Report on sanitation, dispensaries, and jails in Rajputana for 1914, and on vaccination for the year 1914-1915 - 1914-1915
Year: 1914
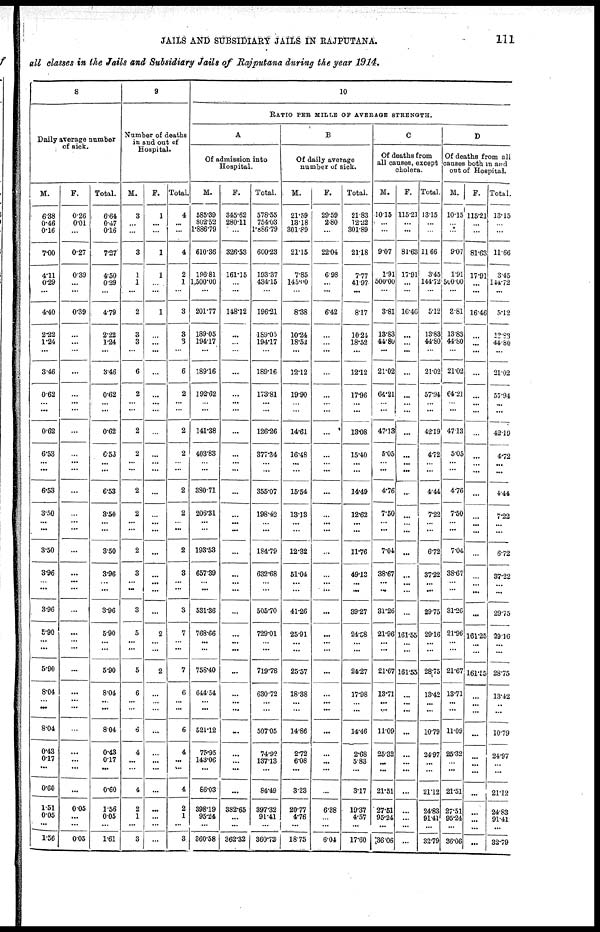
JAILS AND SUBSIDIARY JAILS IN RAJPUTANA.
111
all classes in the Jails and Subsidiary Jails of Rajputana during the year 1914.
8
Daily average number
of sick.
M.
6.38
0.46
0.16
7.00
4.11
0.29
...
4.40
2.22
124
...
3.46
0.62
...
...
0.62
6.53
...
...
6.53
3.50
...
...
3.50
3.96
...
...
3.96
5.90
...
...
5.90
8.04
...
...
8.04
0.43
0.17
...
0.60
1.51
0.05
...
1.56
F.
0.26
0.01
...
0.27
0.39
...
...
0.39
...
...
...
...
...
...
...
...
...
...
...
...
...
...
...
...
...
...
...
...
...
...
...
...
...
...
...
...
...
...
...
...
0.05
...
...
0.05
Total.
6.64
0.47
0.16
7.27
4.50
0.29
...
4.79
2.22
1.24
...
3.46
0.62
...
...
0.62
6.53
...
...
6.53
3.50
...
...
3.50
3.96
...
...
3.96
5.90
...
...
5.90
8.04
...
...
8.04
0.43
0.17
...
0.60
1.56
0.05
...
1.61
9
Number of deaths
in and out of
Hospital.
M.
3
...
...
3
1
1
...
2
3
3
...
6
2
...
...
2
2
...
...
2
2
...
...
2
3
...
...
3
5
...
...
5
6
...
...
6
4
...
...
4
2
1
...
3
F.
1
...
...
1
1
...
...
1
...
...
...
...
...
...
...
...
...
...
...
...
...
...
...
...
...
...
...
...
2
...
...
2
...
...
...
...
...
...
...
...
...
...
...
...
Total.
4
...
...
4
2
1
...
3
3
3
...
6
2
...
...
2
2
...
...
2
2
...
2
3
...
...
3
7
...
...
7
6
...
...
6
4
...
...
4
2
1
...
3
10
RATIO PER MILLS OF AVERAGE STRENGTH.
A
Of admission into
Hospital.
M.
585.39
302.52
1,886.79
610.36
196.81
1,500.00
...
201.77
189.05
194.17
...
189.16
192.62
...
...
141.38
403.83
...
...
380.71
206.31
...
...
193.53
657.39
...
...
531.36
768.66
...
...
758.40
644.54
...
...
521.12
75.95
143.06
...
86.03
398.19
95.24
...
360.58
F.
345.62
280.11
...
326.53
161.15
...
...
148.12
...
...
...
...
...
...
...
...
...
...
...
...
...
...
...
...
...
...
...
...
...
...
...
...
...
...
...
...
...
...
...
...
382.65
...
...
362.32
Total.
578.55
754.03
1,886.79
600.23
193.37
434.15
...
196.21
189.05
194.17
...
189.16
173.81
...
...
126.26
377.34
...
...
355.07
198.42
...
...
184.79
632.68
...
...
505.70
729.01
...
...
719.78
630.72
...
...
507.05
74.92
137.13
...
84.49
397.32
91.41
...
360.73
B
Of daily average
number of sick.
M.
21.59
13.18
301.89
21.15
7.85
145.00
...
8.38
10.24
18.54
...
12.12
19.90
...
...
14.61
16.48
...
...
15.54
13.13
...
...
12.32
51.04
...
...
41.26
25.91
...
...
25.57
18.38
...
...
14.86
2.72
6.08
...
3.23
20.77
4.76
...
18.75
F.
29.59
2.80
...
22.04
6.98
...
...
6.42
...
...
...
...
...
...
...
...
...
...
...
...
...
...
...
...
...
...
...
...
...
...
...
...
...
...
...
...
...
...
...
...
6.38
...
...
6.04
Total.
21.83
12.32
301.89
21.18
7.77
41.97
...
8.17
10.24
18.52
...
12.12
17.96
...
...
13.08
15.40
...
...
14.49
12.62
...
...
11.76
49.13
...
...
39.27
24.58
...
...
24.27
17.98
...
...
14.46
2.68
5.83
...
3.17
19.37
4.57
...
17.60
C
Of deaths from
all causes, except
cholera.
M.
10.15
...
...
9.07
1.91
500.00
...
3.81
13.83
44.80
...
21.02
64.21
...
...
47.13
5.05
...
...
4.76
7.50
...
...
7.04
38.67
...
...
31.26
21.96
...
...
21.67
13.71
...
...
11.09
25.32
...
...
21.51
27.51
95.24
...
36.06
F.
115.21
...
...
81.63
17.91
...
...
16.46
...
...
...
...
...
...
...
...
...
...
...
...
...
...
...
...
...
...
...
...
161.55
...
...
161.55
...
...
...
...
...
...
...
...
...
...
...
...
Total.
13.15
...
...
11.66
3.45
144.72
...
5.12
13.83
44.80
...
21.02
57.94
...
...
42.19
4.72
...
...
4.44
7.22
...
...
6.72
37.22
...
...
29.75
29.16
...
...
28.75
13.42
...
...
10.79
24.97
...
...
21.12
...
91.41
...
32.79
D
Of deaths from all
causes both in and
out of Hospital.
M.
10.15
...
...
9.07
1.91
500.00
...
3.81
13.83
44.80
...
21.02
64.21
...
...
47.13
5.05
...
...
4.76
7.50
...
...
7.04
38.67
...
...
31.26
21.96
...
...
21.67
13.71
...
...
11.09
25.32
...
...
21.51
...
95.24
...
36.06
F.
115.21
...
...
81.63
17.91
...
...
16.46
...
...
...
...
...
...
...
...
...
...
...
...
...
...
...
...
...
...
...
...
161.25
...
...
161.55
...
...
...
...
...
...
...
...
...
...
...
...
Total.
13.15
...
...
11.66
3.45
144.72
...
5.12
12.83
44.80
...
21.02
57.94
...
...
42.19
4.72
...
...
4.44
7.22
...
...
6.72
37.22
...
...
29.75
29.16
...
...
28.75
13.42
...
...
10.79
24.97
...
...
21.12
24.83
91.41
...
32.79